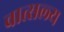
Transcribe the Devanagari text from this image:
वात्‍सल्‍य